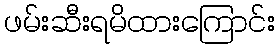
ဖမ်းဆီးရမိထားကြောင်း